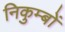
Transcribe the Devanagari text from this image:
निकुम्बों